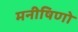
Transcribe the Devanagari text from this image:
मनीषिणो